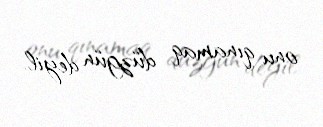
onu qınamaq düzgün deyil.